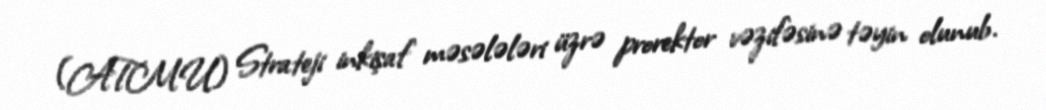
(ATMU) Strateji inkişaf məsələləri üzrə prorektor vəzifəsinə təyin olunub.